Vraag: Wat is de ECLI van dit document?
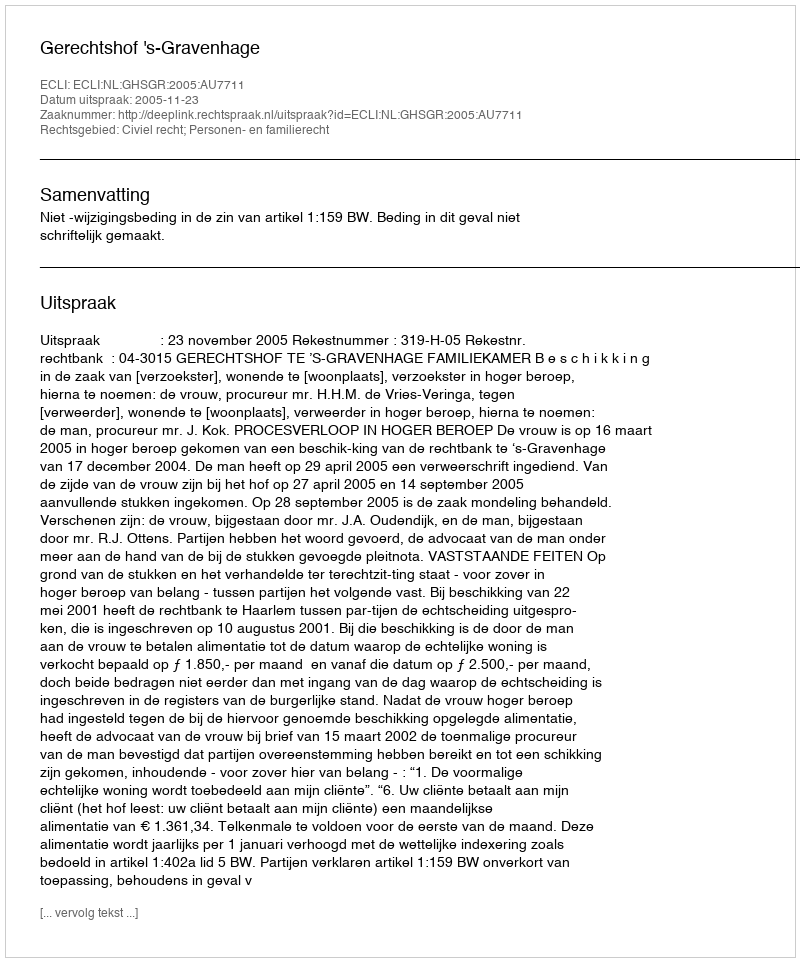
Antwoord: ECLI:NL:GHSGR:2005:AU7711